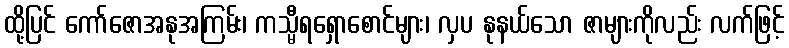
ထို့ပြင် ကော်ဇောအနုအကြမ်း၊ ကသ္မီရရှောစောင်များ၊ လှပ နုနယ်သော ဇာများကိုလည်း လက်ဖြင့်